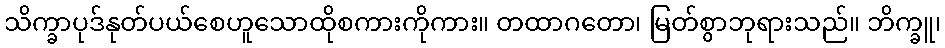
သိက္ခာပုဒ်နုတ်ပယ်စေဟူသောထိုစကားကိုကား။ တထာဂတော၊ မြတ်စွာဘုရားသည်။ ဘိက္ခူ၊